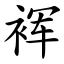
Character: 裈